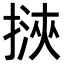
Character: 𢲯